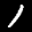
Label: 1